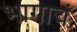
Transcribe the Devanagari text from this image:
भागाचं